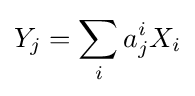
Y_{j}=\sum _{i}a_{j}^{i}X_{i}